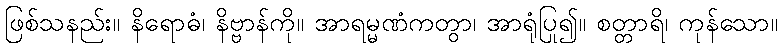
ဖြစ်သနည်း။ နိရောဓံ၊ နိဗ္ဗာန်ကို။ အာရမ္မဏံကတွာ၊ အာရုံပြု၍။ စတ္တာရိ၊ ကုန်သော။